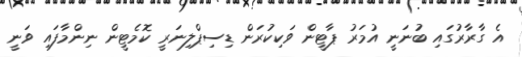
އެ ގާރާރުގައި ބުނަނީ އުމަރު ޕާޓީން ވަކިކުރަން ޑިސިޕްލިނަރީ ކޮމެޓީން ނިންމާފައި ވަނީ